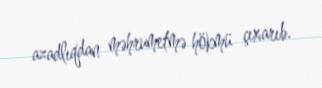
azadlıqdan məhrumetmə hökmü çıxarıb.